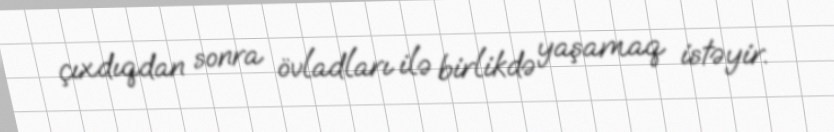
çıxdıqdan sonra övladları ilə birlikdə yaşamaq istəyir.